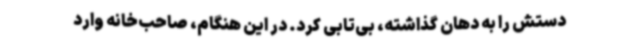
دستش را به دهان گذاشته، بی‌تابی کرد. در این هنگام، صاحب‌خانه وارد